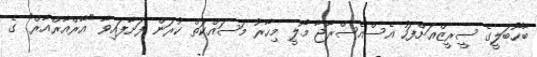
ބާހޫބަލީގެ ސީރީޒްއަށްފަހު އެސްއެސްރާޖާ މޯލީ މިހާރު މަސައްކަތް ކުރަން ފަށާފައިވާ "އާރްއާރްއާރް" ގެ